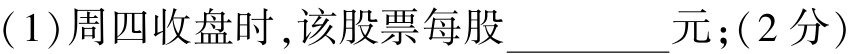
(1)周四收盘时 ,该股票每股__________元;(2分)